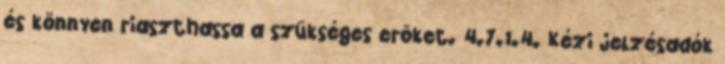
és könnyen riaszthassa a szükséges erõket. 4.7.1.4. Kézi jelzésadók